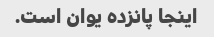
اینجا پانزده یوان است.